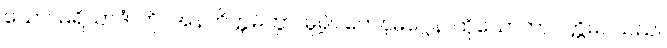
သော။ မရိယာဒံ၊ ကို။ အနတိက္ကမိတွာ၊ မူ၍။ တေနမဂ္ဂေန၊ ထိုသောတာပတ္တိမဂ်သည်။